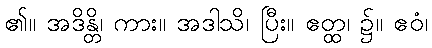
၏။ အဒိန္တိ၊ ကား။ အဒါသိ၊ ပြီး။ ဧတ္ထ၊ ၌။ ဧဝံ၊